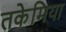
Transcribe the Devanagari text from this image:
तकेमिया